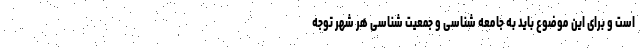
است و برای این موضوع باید به جامعه شناسی و جمعیت ‌شناسی هر شهر توجه